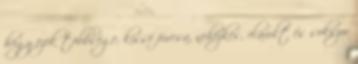
hogy ezek többsége, kissé furcsa, nehézkes, elavult és sokszor